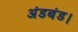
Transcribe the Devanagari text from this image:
अंडबंड।